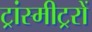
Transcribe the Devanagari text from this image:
ट्रांस्मीट्ररों